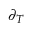
\scriptstyle \partial _ { T }